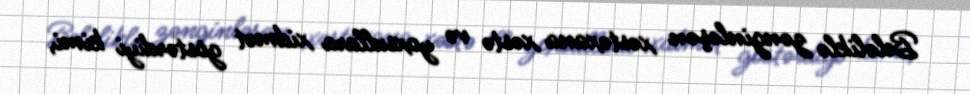
Beləliklə zənginləşən xəstəxana xəstə və yoxsullara xidmət göstərdiyi kimi,